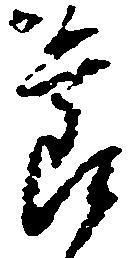
節